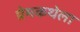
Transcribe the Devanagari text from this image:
प्रेमकथेला